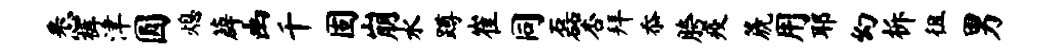
悉裤津圆熄薜幽千固崩水蹲崔同磊杏拜忝胯疫篪用耶幻柝徂男